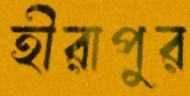
হীরাপুর